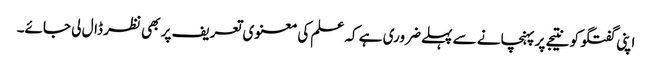
اپنی گفتگو کو نتیجے پر پہنچانے سے پہلے ضروری ہے کہ علم کی معنوی تعریف پر بھی نظر ڈال لی جائے۔